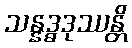
သန္နဒ္ဓဒုဿန္တိ